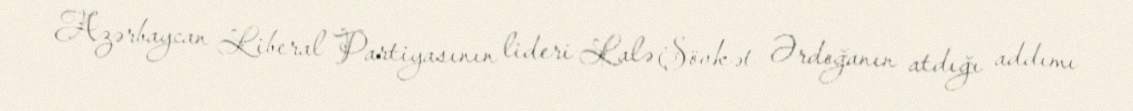
Azərbaycan Liberal Partiyasının lideri Lalə Şövkət Ərdoğanın atdığı addımı